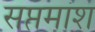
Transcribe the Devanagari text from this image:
सप्तमांश